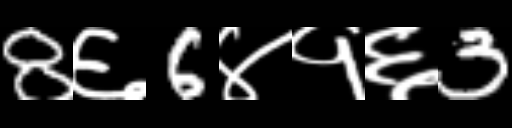
Text: 8६6४१६3